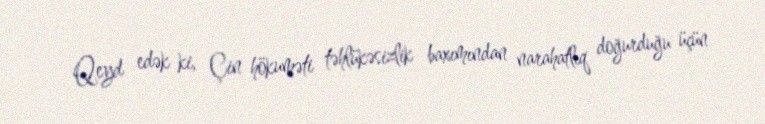
Qeyd edək ki, Çin hökuməti təhlükəsizlik baxımından narahatlıq doğurduğu üçün